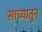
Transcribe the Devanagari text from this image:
साच्यातून